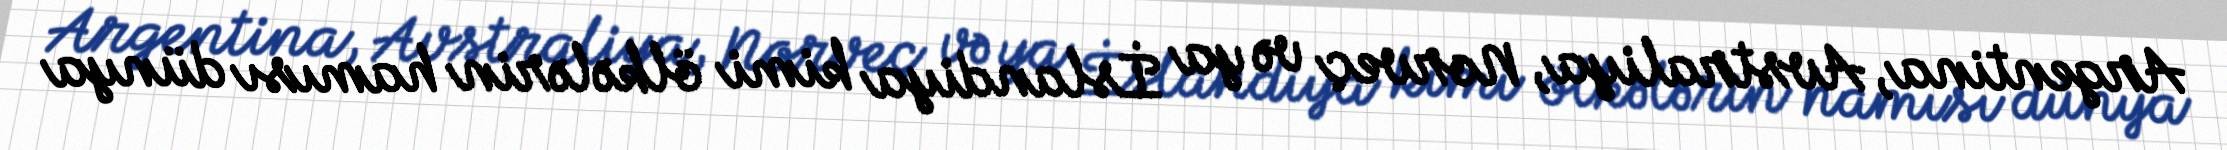
Argentina, Avstraliya, Norveç və ya İslandiya kimi ölkələrin hamısı dünya